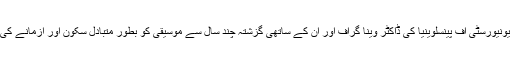
یہ مسئلہ حل کرنے کےلیے یونیورسٹی آف پینسلوینیا کی ڈاکٹر وینا گراف اور ان کے ساتھی گزشتہ چند سال سے موسیقی کو بطور متبادل سکون آور آزمانے کی کوششوں میں مصروف ہیں۔